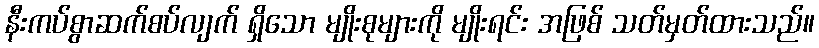
နီးကပ်စွာဆက်စပ်လျက် ရှိသော မျိုးစုများကို မျိုးရင်း အဖြစ် သတ်မှတ်ထားသည်။